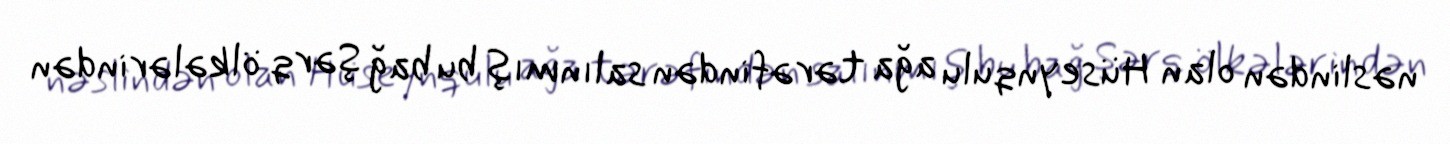
nəslindən olan Hüseynqulu ağa tərəfindən salınmış bu bağ Şərq ölkələrindən